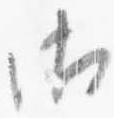
御